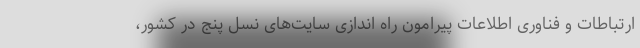
ارتباطات و فناوری اطلاعات پیرامون راه اندازی سایت‌های نسل پنج در کشور،